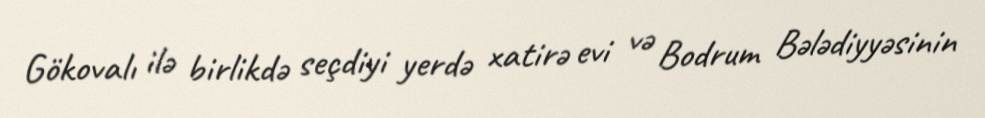
Gökovalı ilə birlikdə seçdiyi yerdə xatirə evi və Bodrum Bələdiyyəsinin